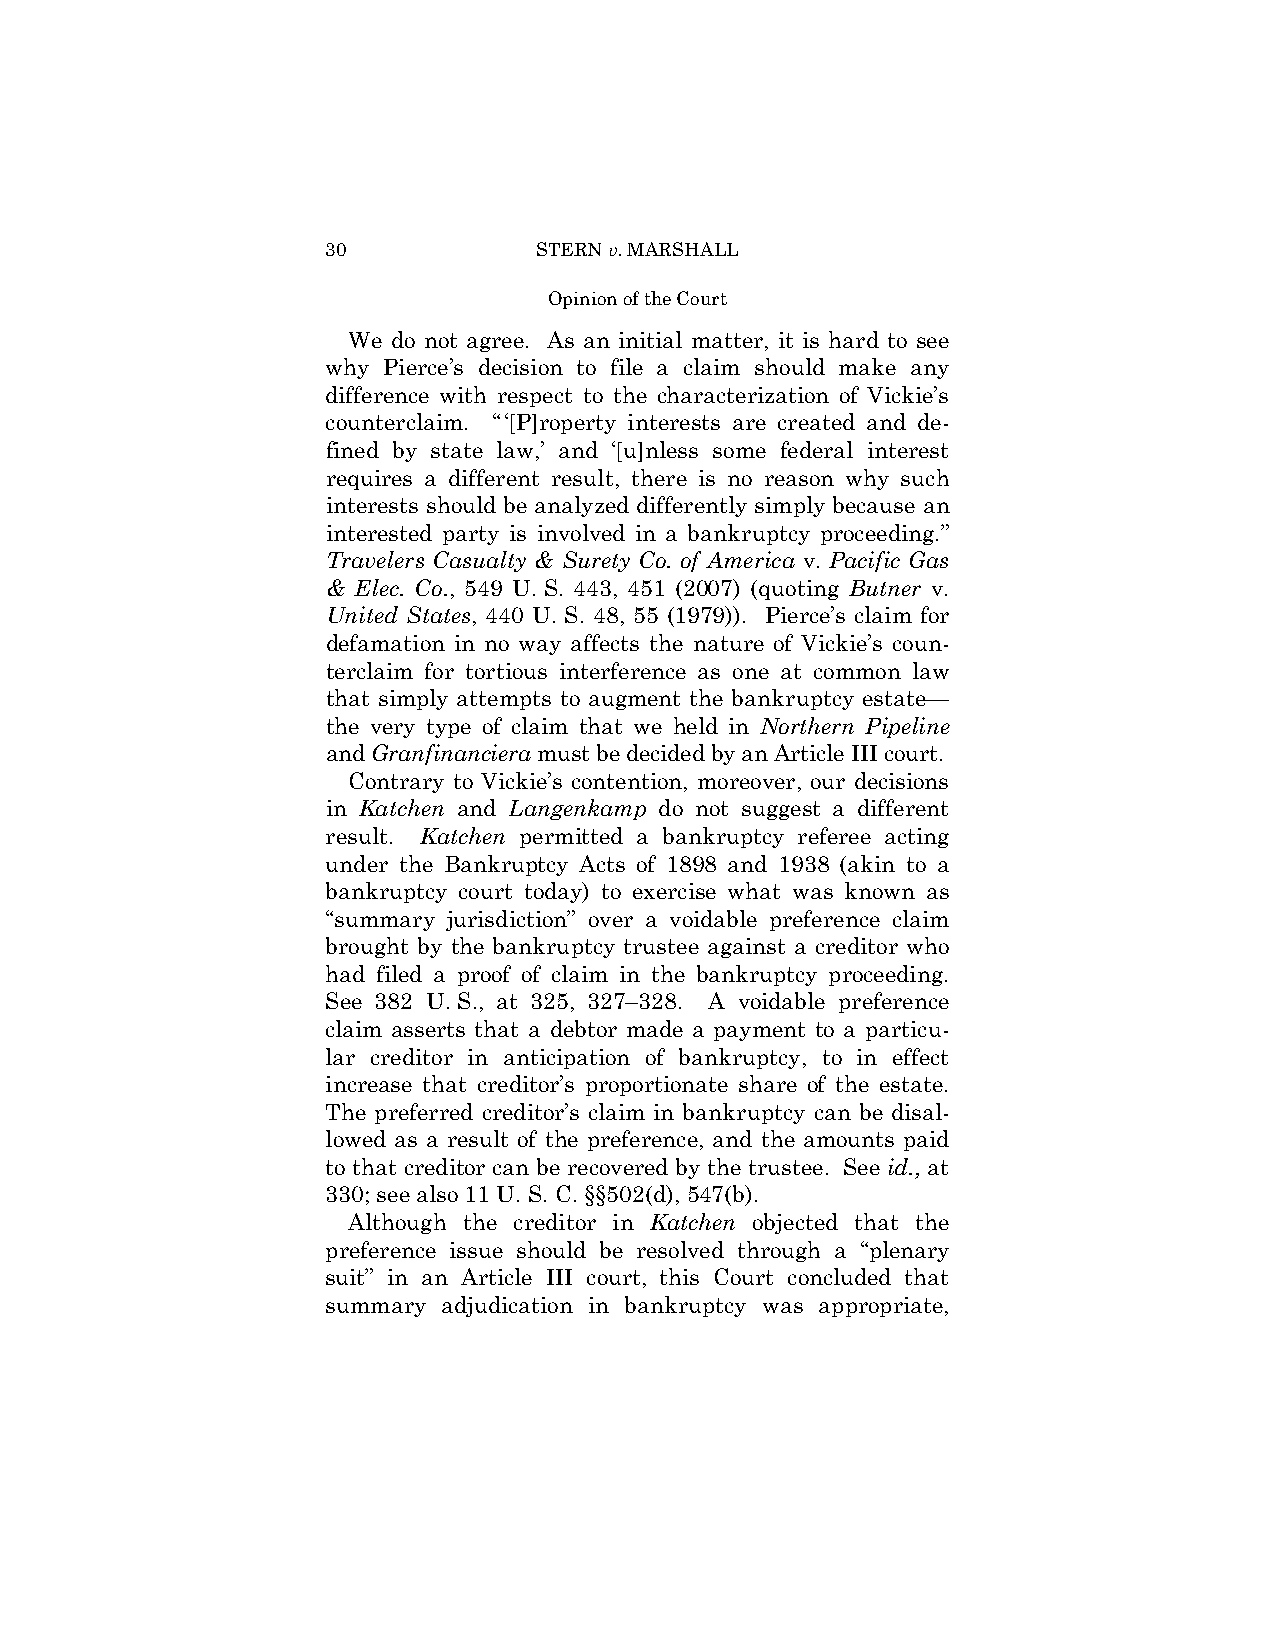
30            STERN v. MARSHALL
 Opinion of the Court
 We do not agree. As an initial matter, it is hard to see
 why Pierce’s decision to file a claim should make any
 difference with respect to the characterization of Vickie’s
 counterclaim. “‘[P]roperty interests are created and de­
 fined by state law,’ and ‘[u]nless some federal interest
 requires a different result, there is no reason why such
 interests should be analyzed differently simply because an
 interested party is involved in a bankruptcy proceeding.”
 Travelers Casualty & Surety Co. of America v. Pacific Gas
 & Elec. Co., 549 U. S. 443, 451 (2007) (quoting Butner v.
 United States, 440 U. S. 48, 55 (1979)). Pierce’s claim for
 defamation in no way affects the nature of Vickie’s coun­
 terclaim for tortious interference as one at common law
 that simply attempts to augment the bankruptcy estate—
 the very type of claim that we held in Northern Pipeline
 and Granfinanciera must be decided by an Article III court.
 Contrary to Vickie’s contention, moreover, our decisions
 in Katchen and Langenkamp do not suggest a different
 result. Katchen permitted a bankruptcy referee acting
 under the Bankruptcy Acts of 1898 and 1938 (akin to a
 bankruptcy court today) to exercise what was known as
 “summary jurisdiction” over a voidable preference claim
 brought by the bankruptcy trustee against a creditor who
 had filed a proof of claim in the bankruptcy proceeding.
 See 382 U. S., at 325, 327–328. A voidable preference
 claim asserts that a debtor made a payment to a particu­
 lar creditor in anticipation of bankruptcy, to in effect
 increase that creditor’s proportionate share of the estate.
 The preferred creditor’s claim in bankruptcy can be disal­
 lowed as a result of the preference, and the amounts paid
 to that creditor can be recovered by the trustee. See id., at
 330; see also 11 U. S. C. §§502(d), 547(b).
 Although the creditor in Katchen objected that the
 preference issue should be resolved through a “plenary
 suit” in an Article III court, this Court concluded that
 summary adjudication in bankruptcy was appropriate,